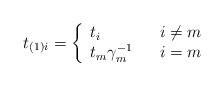
\begin{align*} t_{(1)i}=\left\lbrace \begin{array}{lll} t_{i} & & i\neq m \\ t_{m}\gamma_{m}^{-1} & & i=m \\ \end{array} \right.\end{align*}